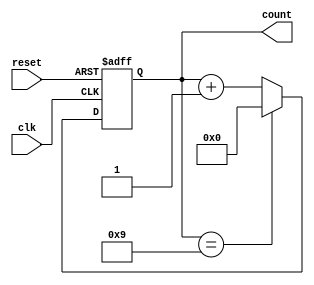
module DecadeCounter (
    input wire clk,       // Clock signal
    input wire reset,     // Asynchronous reset
    output reg [3:0] count // 4-bit output for the count value
);

    // Always block triggered on the rising edge of the clock or reset signal
    always @(posedge clk or posedge reset) begin
        if (reset) begin
            // Reset counter to 0 when reset is high
            count <= 4'b0000;
        end else begin
            // Increment counter unless it is at 9
            if (count == 4'b1001) begin
                count <= 4'b0000; // Reset to 0 if count is 9 (1001)
            end else begin
                count <= count + 1; // Increment count
            end
        end
    end

endmodule